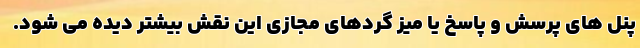
پنل های پرسش و پاسخ یا میز گردهای مجازی این نقش بیشتر دیده می شود.